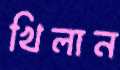
খিলান